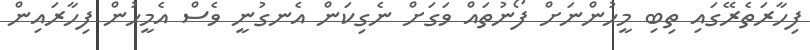
ފިހާރަތެރޭގައި ތިބި މީހުންނަށް ފޯނުތައް ވަގަށް ނެގިކަން އެނގުނީ ވެސް އެމީހުން ފިހާރައިން